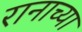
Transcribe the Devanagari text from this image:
रानाच्या